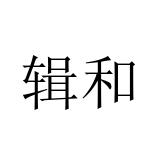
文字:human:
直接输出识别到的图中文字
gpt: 辑和